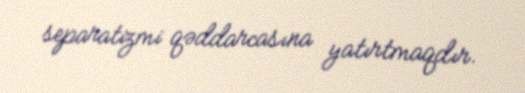
separatizmi qəddarcasına yatırtmaqdır.